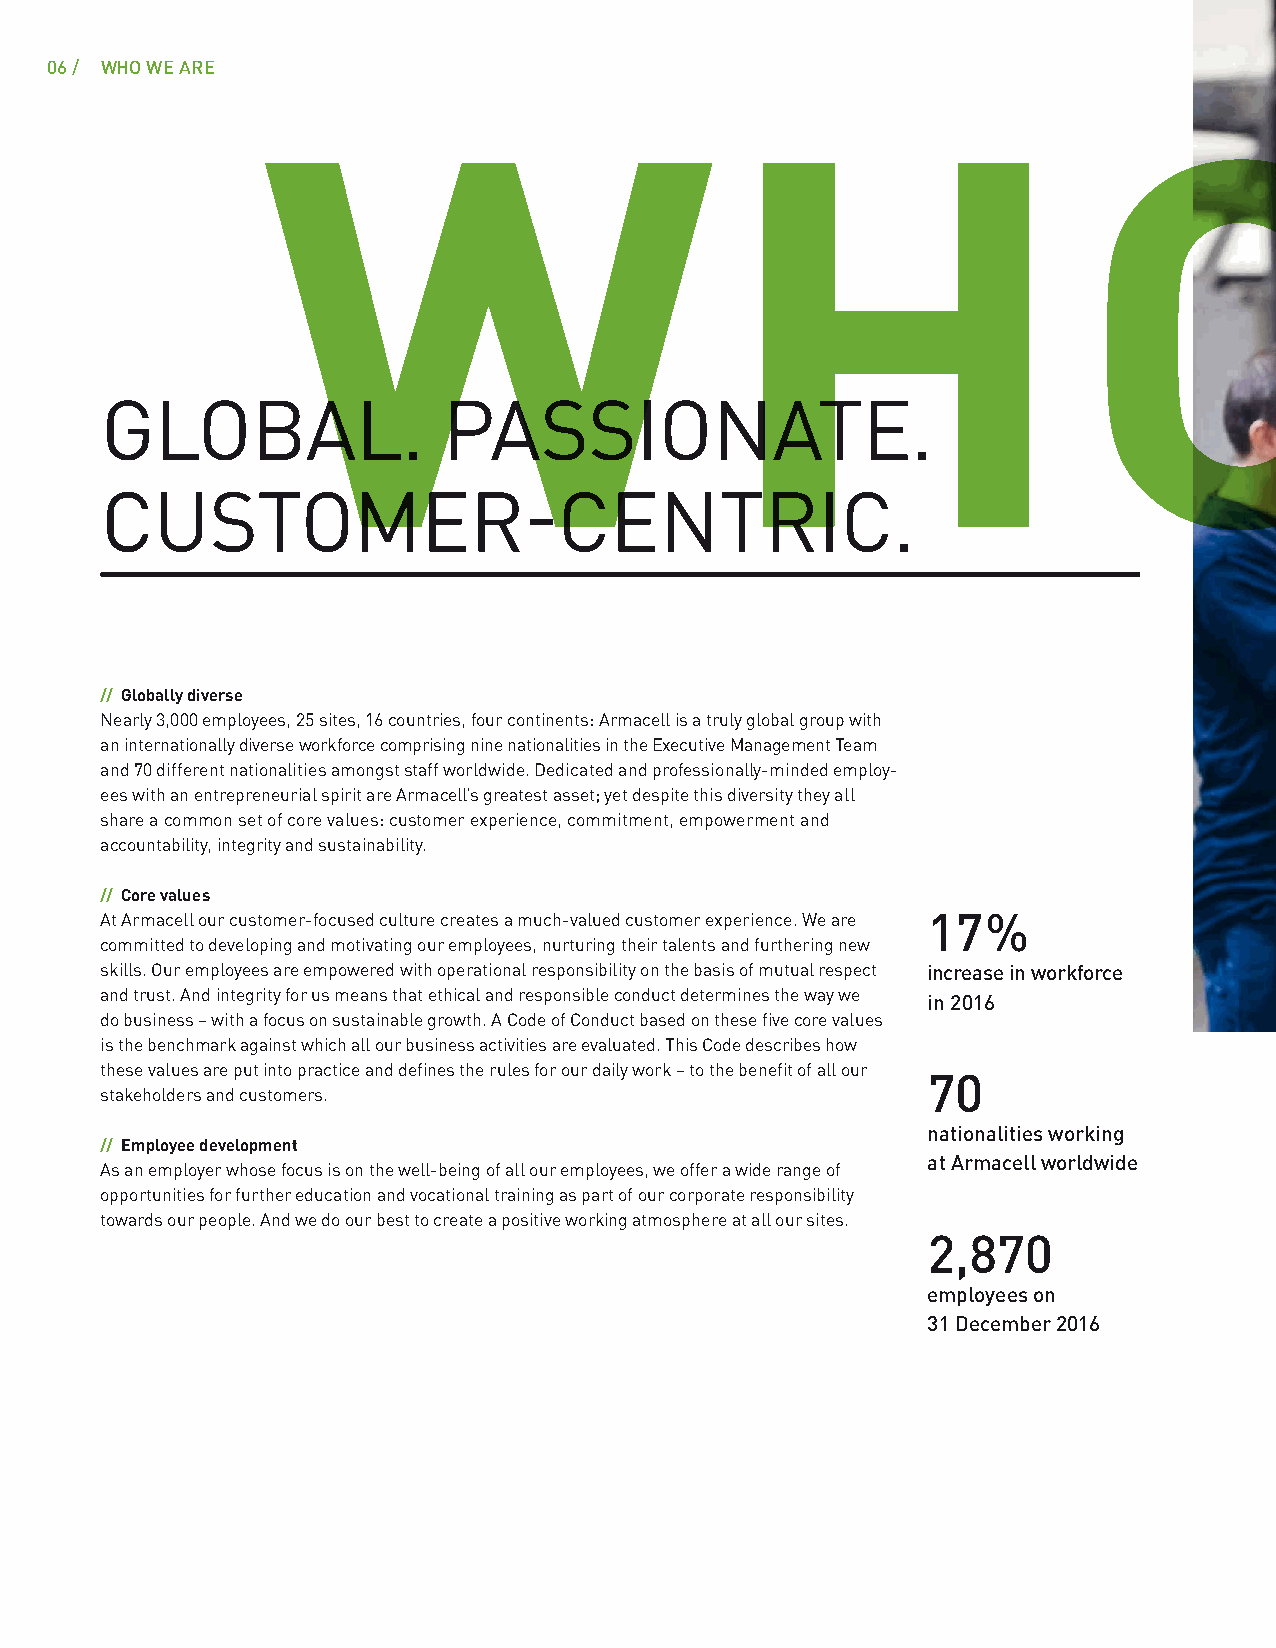
06 / WHO WE ARE
 WHO
 GLOBAL.               PASSIONATE.
 CUSTOMER-CENTRIC.
 // Globally diverse
 Nearly 3,000 employees, 25 sites, 16 countries, four continents: Armacell is a truly global group with
 an internationally diverse workforce comprising nine nationalities in the Executive Management Team
 and 70 different nationalities amongst staff worldwide. Dedicated and professionally-minded employ-
 ees with an entrepreneurial spirit are Armacell’s greatest asset; yet despite this diversity they all
 share a common set of core values: customer experience, commitment, empowerment and
 accountability, integrity and sustainability.
 // Core values
 At Armacell our customer-focused culture creates a much-valued customer experience. We are 17 %
 committed to developing and motivating our employees, nurturing their talents and furthering new
 skills. Our employees are empowered with operational responsibility on the basis of mutual respect increase in workforce
 and trust. And integrity for us means that ethical and responsible conduct determines the way we in 2016
 do business – with a focus on sustainable growth. A Code of Conduct based on these five core values
 is the benchmark against which all our business activities are evaluated. This Code describes how
 these values are put into practice and defines the rules for our daily work – to the benefit of all our
 70
 stakeholders and customers.
 nationalities working
 // Employee development
 at Armacell worldwide
 As an employer whose focus is on the well-being of all our employees, we offer a wide range of
 opportunities for further education and vocational training as part of our corporate responsibility
 towards our people. And we do our best to create a positive working atmosphere at all our sites.
 2,870
 employees on
 31 December 2016